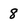
Character: 8